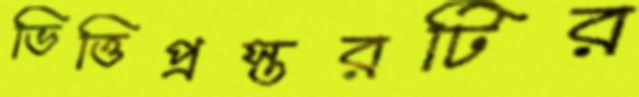
ভিত্তিপ্রস্তরটির